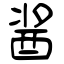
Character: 酱